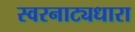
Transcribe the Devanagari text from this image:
स्वरनाट्यधारा